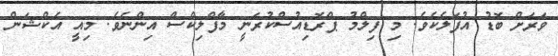
ވަރަށް ބޮޑު އުފަލެކެވެ. މި ފިލްމު ޕްރޮޑިއުސްކުރަނީ މާފްލިކްސް އިންނެވެ. މިއީ އެކްޝަން